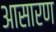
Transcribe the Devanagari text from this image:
आसारण